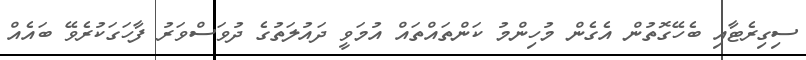
ސިގިރެޓާއި ބެހޭގޮތުން އެގެން މުހިންމު ކަންތައްތައް އުމަވީ ދައުލަތުގެ ދުވަސްވަރު ފާހަގަކުރެވޭ ބައެއް